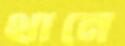
থানে